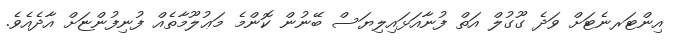
އިންޓަރނެޓަށް ވަދެ ގޫގުލް އަތް ފުނާއަޅައިލިޔަސް ބޭނުން ކޮންމެ މަޢުލޫމާތެއް ފުނިފުންޏަށް އާދެއެވެ.